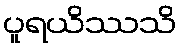
ပူရယိဿသိ